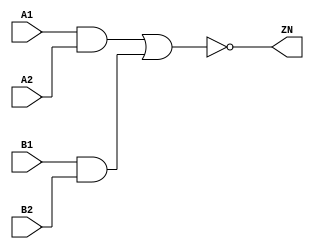
module AOI22_X4 (A1, A2, B1, B2, ZN);
  input A1;
  input A2;
  input B1;
  input B2;
  output ZN;

  not(ZN, i_12);
  or(i_12, i_13, i_14);
  and(i_13, A1, A2);
  and(i_14, B1, B2);


endmodule